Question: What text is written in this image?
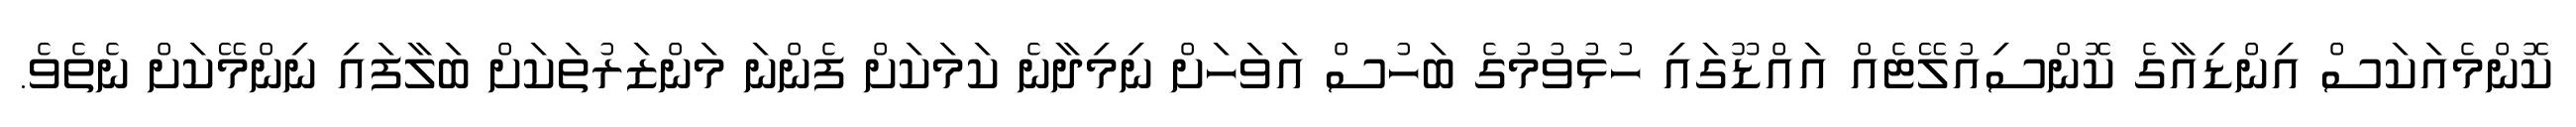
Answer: ކޮންމެއަކަސް އިންޑިއާގެ ކޮންސިއުލޭޓެއް އައްޑޫގައި ހުޅުވުމުގެ ބަހުސް އަވަހަށް ނިމިދާނެ ކަމަކަށް ފެންނަ މަންޒަރުތަކަށް ބަލާފައި ނިންމޭކަށް ނެތެވެ.